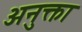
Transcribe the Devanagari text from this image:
अनुक्ता